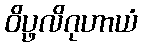
ဝိပ္ဖလိဂုဟာယံ